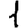
Digit: 1